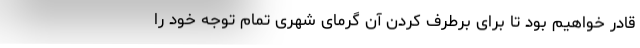
قادر خواهیم بود تا برای برطرف کردن آن گرمای شهری تمام توجه خود را